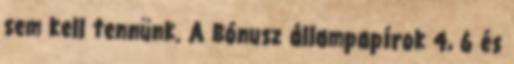
sem kell tennünk. A Bónusz állampapírok 4, 6 és